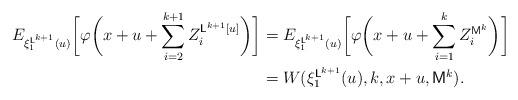
LaTeX: \begin{align*}\begin{aligned}E_{\xi_1^{\mathsf{L}^{k+1}}(u)}\biggl[\varphi\biggl(x+u+\sum_{i=2}^{k+1} Z_i^{\mathsf{L}^{k+1}[u]}\biggr)\biggr]&=E_{\xi_1^{\mathsf{L}^{k+1}}(u)}\biggl[\varphi\biggl(x+u+\sum_{i=1}^{k} Z_i^{\mathsf{M}^{k}}\biggr)\biggr]\\&=W(\xi_1^{\mathsf{L}^{k+1}}(u),k,x+u,\mathsf{M}^{k}).\end{aligned}\end{align*}